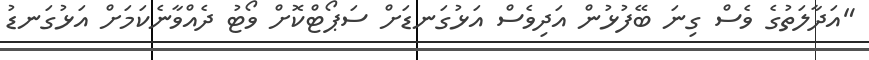
"އަދާލަތުގެ ވެސް ގިނަ ބޭފުޅުން އަދިވެސް އަޅުގަނޑަށް ސަޕޯޓްކޮށް ވޯޓު ދެއްވާނެކަމަށް އަޅުގަނޑު